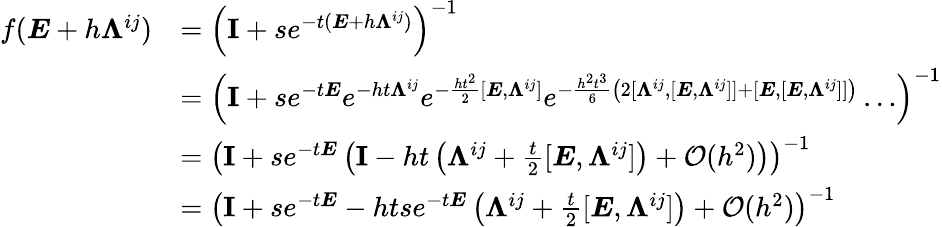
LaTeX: \begin{array}{rl}{f(\boldsymbol{E}+h\boldsymbol{\Lambda}^{ij})}&{=\left(\textbf{I}+se^{-t(\boldsymbol{E}+h\boldsymbol{\Lambda}^{ij})}\right)^{-1}}\\ &{=\left(\textbf{I}+se^{-t\boldsymbol{E}}e^{-ht\boldsymbol{\Lambda}^{ij}}e^{-\frac{ht^{2}}{2}[\boldsymbol{E},\boldsymbol{\Lambda}^{ij}]}e^{-\frac{h^{2}t^{3}}{6}\left(2[\boldsymbol{\Lambda}^{ij},[\boldsymbol{E},\boldsymbol{\Lambda}^{ij}]]+[\boldsymbol{E},[\boldsymbol{E},\boldsymbol{\Lambda}^{ij}]]\right)}\ldots\right)^{-1}}\\ &{=\left(\textbf{I}+se^{-t\boldsymbol{E}}\left(\textbf{I}-ht\left(\boldsymbol{\Lambda}^{ij}+\frac{t}{2}[\boldsymbol{E},\boldsymbol{\Lambda}^{ij}]\right)+\mathcal{O}(h^{2})\right)\right)^{-1}}\\ &{=\left(\textbf{I}+se^{-t\boldsymbol{E}}-htse^{-t\boldsymbol{E}}\left(\boldsymbol{\Lambda}^{ij}+\frac{t}{2}[\boldsymbol{E},\boldsymbol{\Lambda}^{ij}]\right)+\mathcal{O}(h^{2})\right)^{-1}}\end{array}